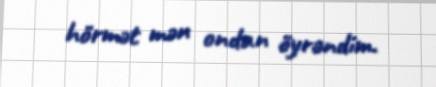
hörmət mən ondan öyrəndim.